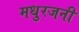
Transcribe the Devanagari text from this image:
मधुरजनी